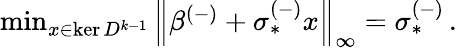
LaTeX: \begin{array}{r}{\operatorname*{min}_{x\in\ker D^{k-1}}\left\lVert\beta^{(-)}+\sigma_{*}^{(-)}x\right\rVert_{\infty}=\sigma_{*}^{(-)}\, .}\end{array}